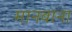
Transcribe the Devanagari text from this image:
मानवाना